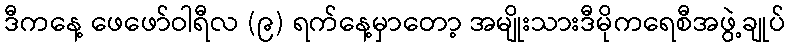
ဒီကနေ့ ဖေဖော်ဝါရီလ (၉) ရက်နေ့မှာတော့ အမျိုးသားဒီမိုကရေစီအဖွဲ့ချုပ်